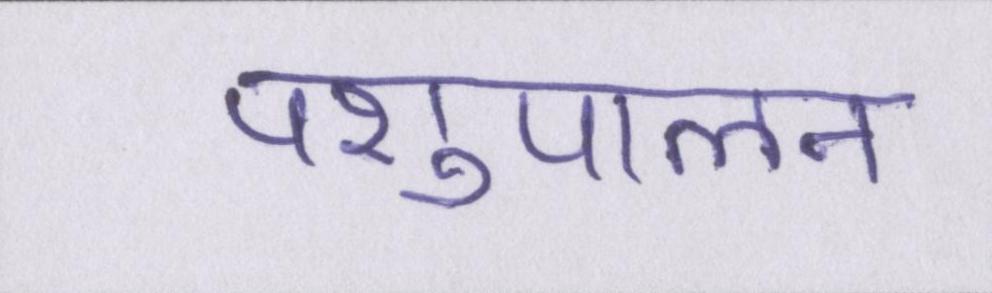
पशुपालन